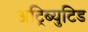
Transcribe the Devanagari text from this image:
अट्रिब्युटिड